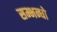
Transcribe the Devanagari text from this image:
सम्भन्धो